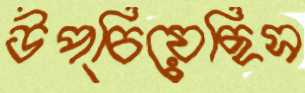
উপ্‌চিয়েছিস